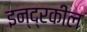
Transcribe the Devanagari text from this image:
इन्द्रकील